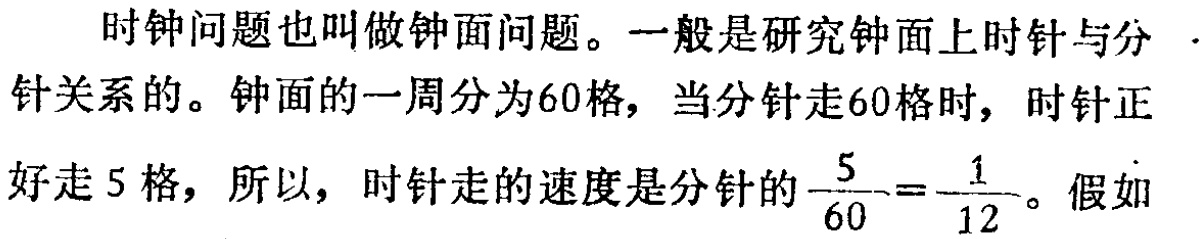
时钟问题也叫做钟面问题。一般是研究钟面上时针与分针关系的。钟面的一周分为60格，当分针走60格时，时针正好走5格，所以，时针走的速度是分针的$\frac{5}{60}=\frac{1}{12}$。假如